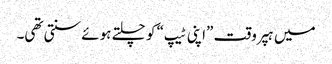
میں ہپر وقت ”اپنی ٹیپ“ کو چلتے ہوئے سنتی تھی۔